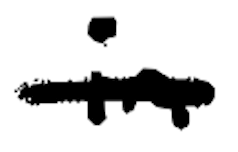
Text: in
Cross-out: mix
Writing tool: digital_black